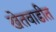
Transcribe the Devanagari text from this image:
खेतवाडीत